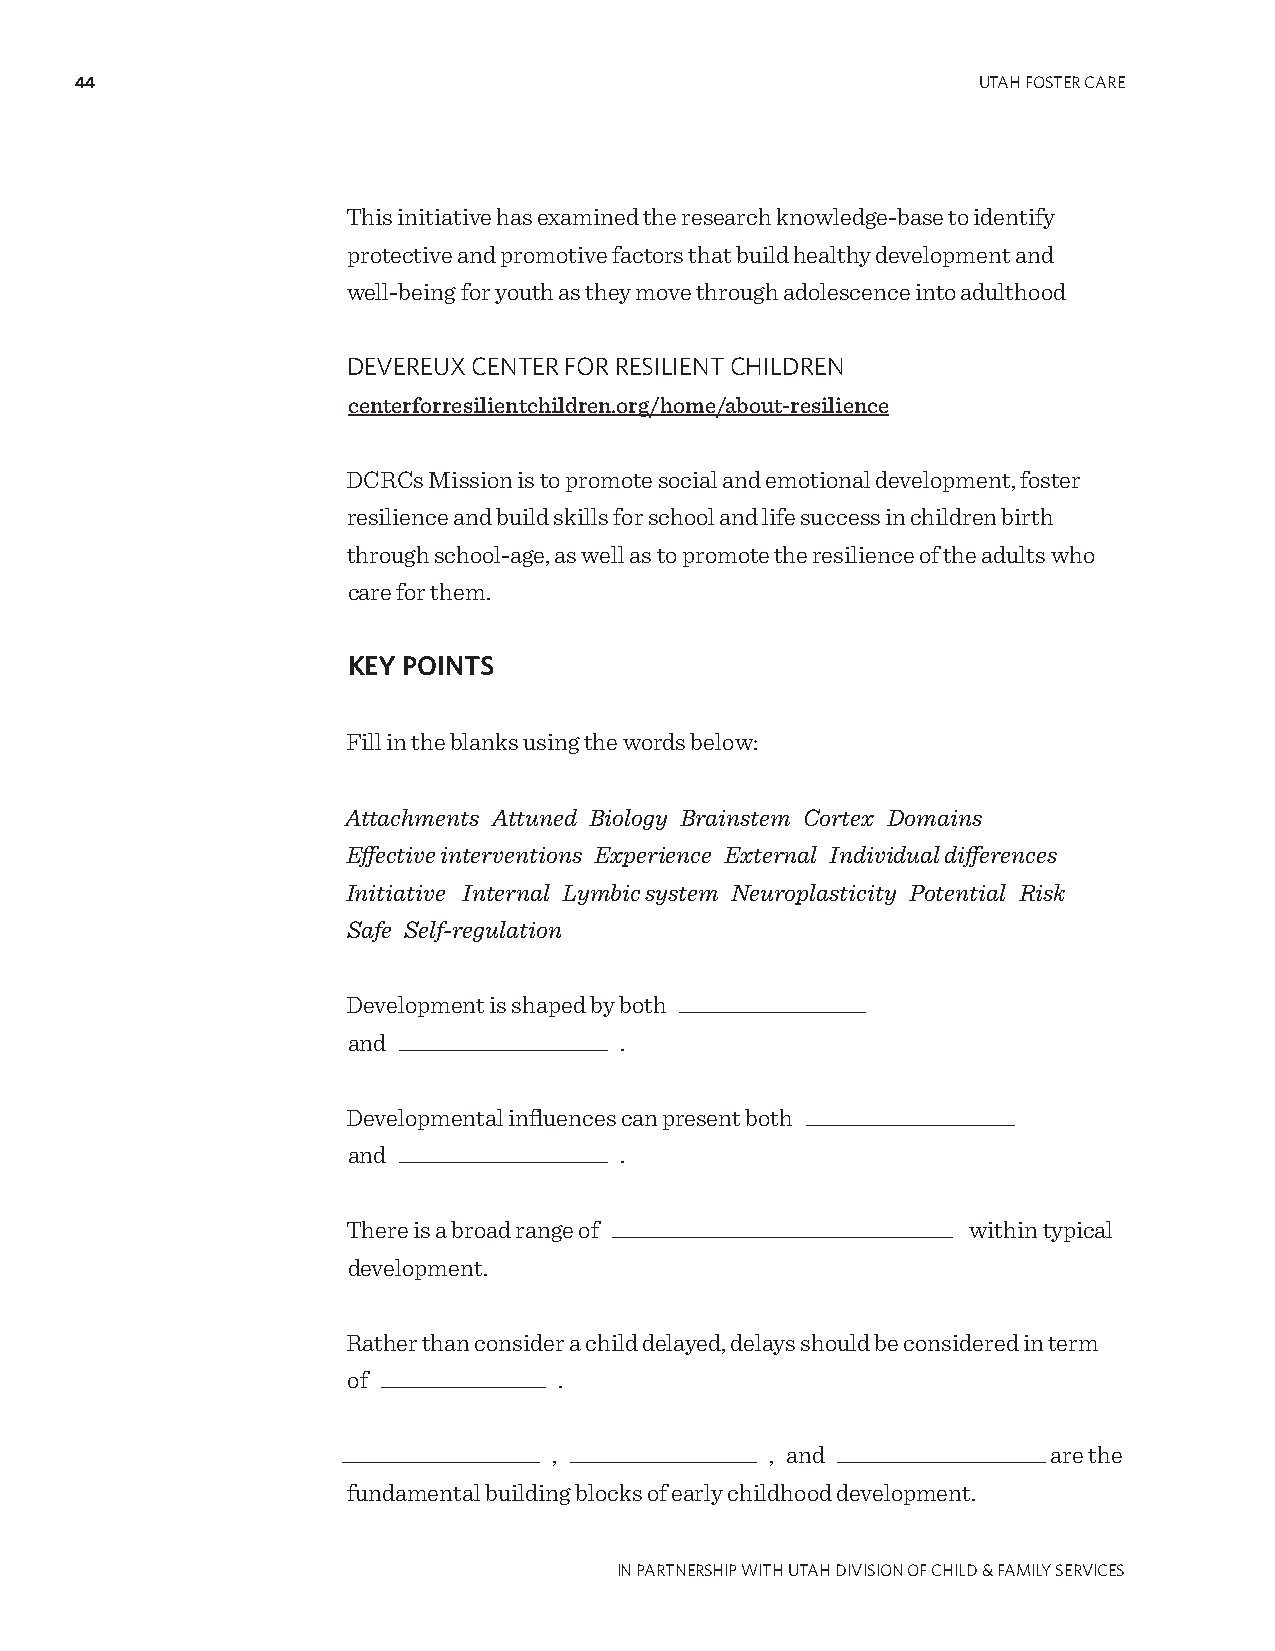
44                                                          UTAH FOSTER CARE
 This initiative has examined the research knowledge-base to identify
 protective and promotive factors that build healthy development and
 well-being for youth as they move through adolescence into adulthood
 DEVEREUX CENTER FOR RESILIENT CHILDREN
 centerforresilientchildren.org/home/about-resilience
 DCRCs Mission is to promote social and emotional development, foster
 resilience and build skills for school and life success in children birth
 through school-age, as well as to promote the resilience of the adults who
 care for them.
 KEY POINTS
 Fill in the blanks using the words below:
 Attachments Attuned Biology Brainstem Cortex Domains
 Effective interventions Experience External Individual differences
 Initiative Internal Lymbic system Neuroplasticity Potential Risk
 Safe Self-regulation
 Development is shaped by both _________________
 and ___________________ .
 Developmental influences can present both ___________________
 and ___________________ .
 There is a broad range of _______________________________ within typical
 development.
 Rather than consider a child delayed, delays should be considered in term
 of _______________ .
 __________________ , _________________ , and ___________________ are the
 fundamental building blocks of early childhood development.
 IN PARTNERSHIP WITH UTAH DIVISION OF CHILD & FAMILY SERVICES